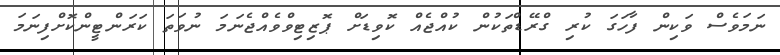
ނަމަވެސް ވަކިން ފާހަގަ ކުރި ގްރޭޑްތަކުން ކުއްޖެއް ކޮވިޑަށް ޕޮޒިޓިވްވެއްޖެނަމަ ނުވަތަ ކަރަންޓީންކޮށްފިނަމަ